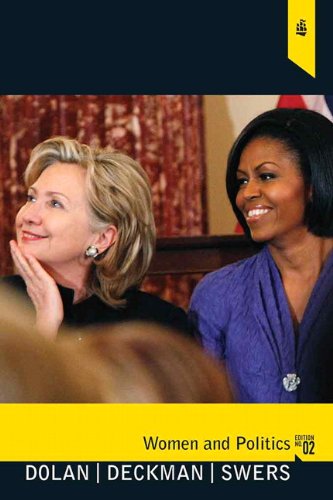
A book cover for Women and Politics: Paths to Power and Political Influence (2nd Edition); Julie Anne B Dolan; Gay & Lesbian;